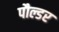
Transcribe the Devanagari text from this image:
पौल्डर